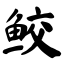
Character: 鲛